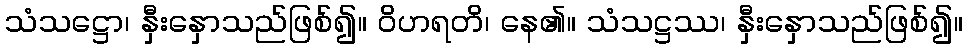
သံသဋ္ဌော၊ နှီးနှောသည်ဖြစ်၍။ ဝိဟရတိ၊ နေ၏။ သံသဋ္ဌဿ၊ နှီးနှောသည်ဖြစ်၍။